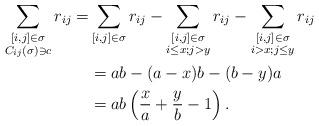
LaTeX: \begin{align*}\sum_{\substack{[i,j]\in\sigma \\ C_{ij}(\sigma)\ni c}} r_{ij}=& \sum_{[i,j]\in \sigma} r_{ij} - \sum_{\substack{[i,j]\in\sigma \\ i\le x ; j> y}} r_{ij} - \sum_{\substack{[i,j]\in\sigma \\ i > x ; j\le y }} r_{ij}\\&=ab-(a-x)b -(b-y)a\\&= ab\left(\frac{x}{a}+\frac{y}{b}-1\right).\end{align*}